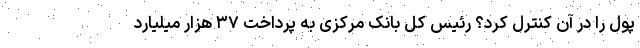
پول را در آن کنترل کرد؟ رئیس کل بانک مرکزی به پرداخت ۳۷ هزار میلیارد